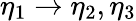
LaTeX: \eta_{1}\rightarrow\eta_{2},\eta_{3}